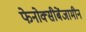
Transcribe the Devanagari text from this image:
फेनोक्सीबेंजामीन